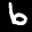
Label: 6